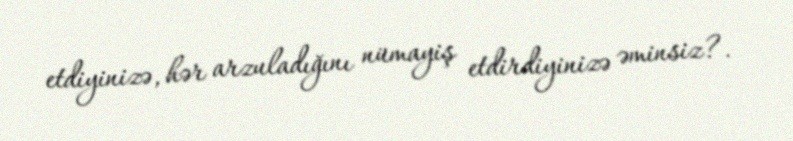
etdiyinizə, hər arzuladığını nümayiş etdirdiyinizə əminsiz?.